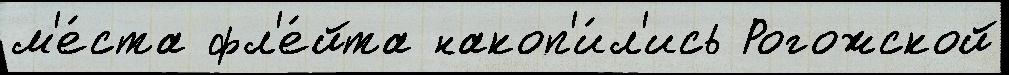
м'е́ста фл'е́йта накоп'и́л'ись Рогожской